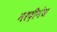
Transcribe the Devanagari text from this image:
नरदीगंज